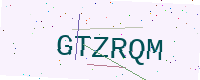
Text: GTZRQM